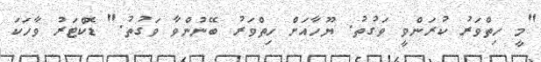
"މީ ހިތްވަރު ކުރަންވީ ވަގުތު. ޔޫހާއަށް ހިތްވަރު ބޭނުންވާ ވަގުތު." ޑޮކްޓަރު ވާހަކަ